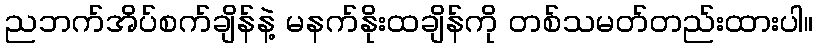
ညဘက်အိပ်စက်ချိန်နဲ့ မနက်နိုးထချိန်ကို တစ်သမတ်တည်းထားပါ။